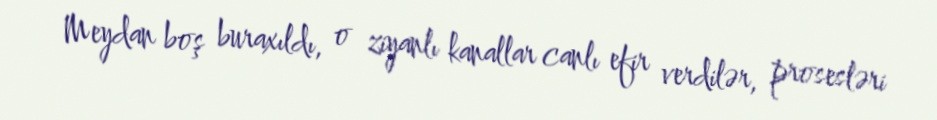
Meydan boş buraxıldı, o ziyanlı kanallar canlı efir verdilər, prosesləri